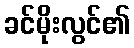
ခင်မိုးလွင်၏